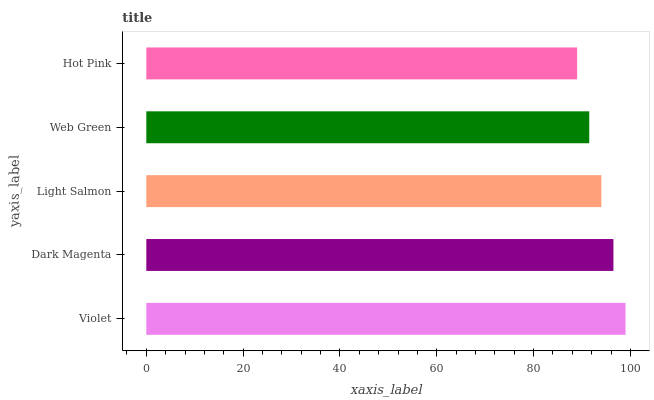
| yaxis_label | bars |
 | --- | --- |
 | Violet | 99 |
 | Dark Magenta | 96.5 |
 | Light Salmon | 94 |
 | Web Green | 91.5 |
 | Hot Pink | 89 |